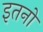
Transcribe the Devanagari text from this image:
इतनो